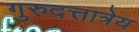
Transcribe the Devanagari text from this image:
गुरुदत्तात्रेय